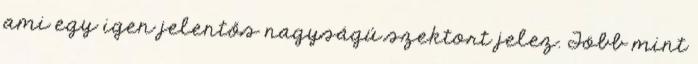
ami egy igen jelentős nagyságú szektort jelez. Több mint